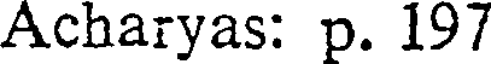
Acharyas: p. 197